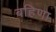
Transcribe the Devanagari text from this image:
बहिणा